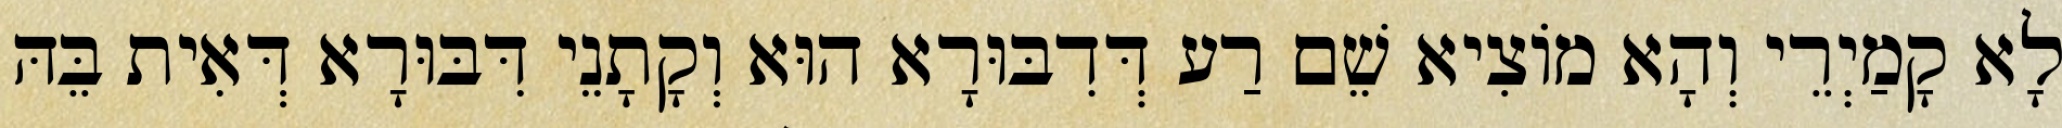
לָא קָמַיְרֵי וְהָא מוֹצִיא שֵׁם רַע דְּדִבּוּרָא הוּא וְקָתָנֵי דִּבּוּרָא דְּאִית בֵּהּ